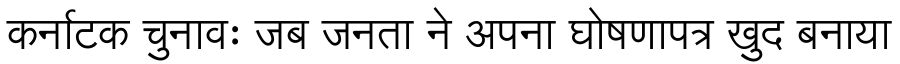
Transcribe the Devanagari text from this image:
कर्नाटक चुनावः जब जनता ने अपना घोषणापत्र खुद बनाया